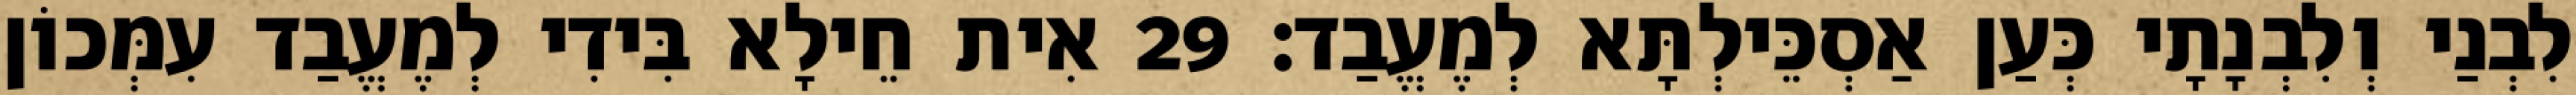
לִבְנַי וְלִבְנָתָי כְּעַן אַסְכֵּילְתָּא לְמֶעֱבַד׃ 29 אִית חֵילָא בִּידִי לְמֶעֱבַד עִמְּכוֹן